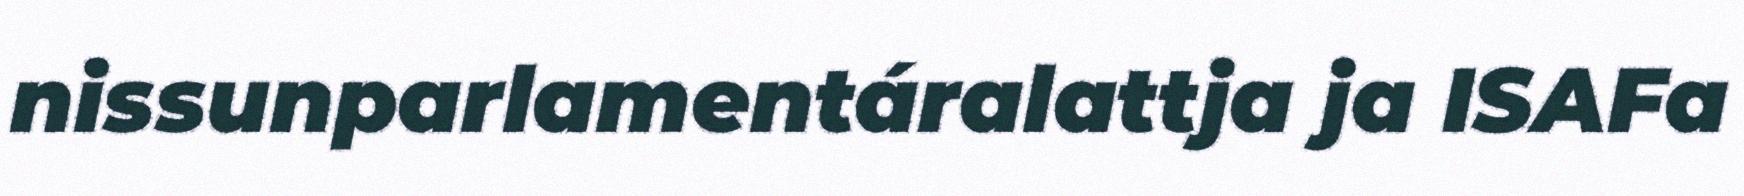
nissunparlamentáralattja ja ISAFa